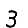
Digit: 3